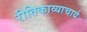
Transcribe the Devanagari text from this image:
रीतिकाव्याचार्य